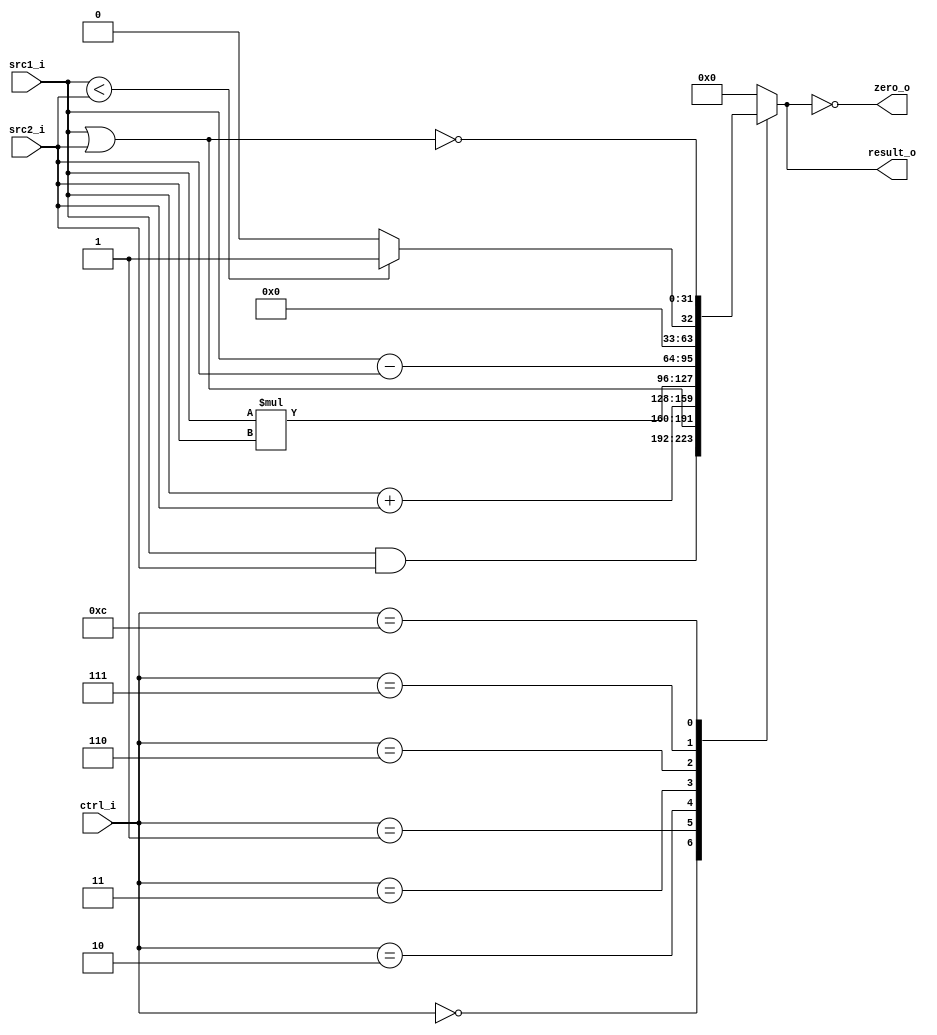
`timescale 1ns / 1ps
//////////////////////////////////////////////////////////////////////////////////
// Company: 
// Engineer: 
// 
// Design Name: 
// Module Name: ALU
// Project Name: 
// Target Devices: 
// Tool Versions: 
// Description: 
// 
// Dependencies: 
// 
// Revision:
// Revision 0.01 - File Created
// Additional Comments:
// 
//////////////////////////////////////////////////////////////////////////////////


module ALU(
        src1_i,
        src2_i,
        ctrl_i,
        result_o,
        zero_o
        );
   
//I/O ports
input  [32-1:0]  src1_i;
input  [32-1:0]	 src2_i;
input  [4-1:0]   ctrl_i;

output [32-1:0]	 result_o;
output           zero_o;

//Internal signals
reg    [32-1:0]  result_o;
wire             zero_o;

//Parameter

//Main function
assign zero_o = (result_o == 0);

always@(ctrl_i, src1_i, src2_i)begin
	case(ctrl_i)
		4'b0000: result_o <= src1_i & src2_i;    //and
		4'b0001: result_o <= src1_i | src2_i;    //or
		4'b0010: result_o <= {src1_i + src2_i};  //add
		4'b0011: result_o <= {src1_i * src2_i};  //mult
		4'b0110: result_o <= {src1_i - src2_i};  //sub
		4'b0111: result_o <= (src1_i < src2_i) ? 1 : 0;  //slt
		4'b1100:result_o <= ~(src1_i | src2_i);  //nor
		default: result_o <= 0;
	endcase
end
        
endmodule